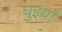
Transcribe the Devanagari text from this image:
घुइयाँ